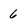
Character: 6